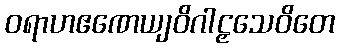
ဝရာဟဧဏေယျဝိဂါဠှသေဝိတေ